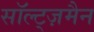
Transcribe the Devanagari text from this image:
सॉल्ट्ज़मैन